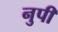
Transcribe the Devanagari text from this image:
नुपी